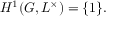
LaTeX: H ^ { 1 } ( G , L ^ { \times } ) = \{ 1 \} .